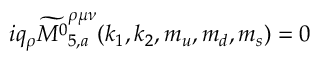
i q _ { \rho } \widetilde { { M ^ { 0 } } } _ { 5 , a } ^ { \rho \mu \nu } ( k _ { 1 } , k _ { 2 } , m _ { u } , m _ { d } , m _ { s } ) = 0